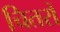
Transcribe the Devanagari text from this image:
चितरों